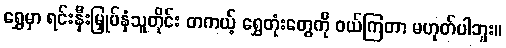
ရွှေမှာ ရင်းနှီးမြှုပ်နှံသူတိုင်း တကယ့် ရွှေတုံးတွေကို ဝယ်ကြတာ မဟုတ်ပါဘူး။